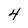
Character: 4